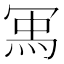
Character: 𭁽